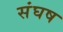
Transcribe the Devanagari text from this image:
संघष